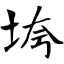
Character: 垮